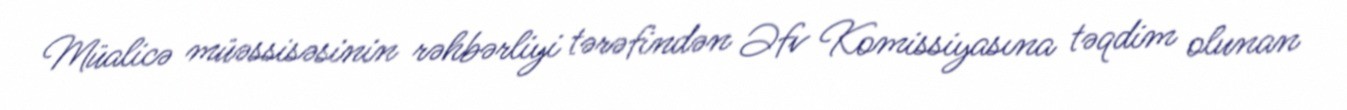
Müalicə müəssisəsinin rəhbərliyi tərəfindən Əfv Komissiyasına təqdim olunan